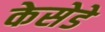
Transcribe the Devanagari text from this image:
केसेडे